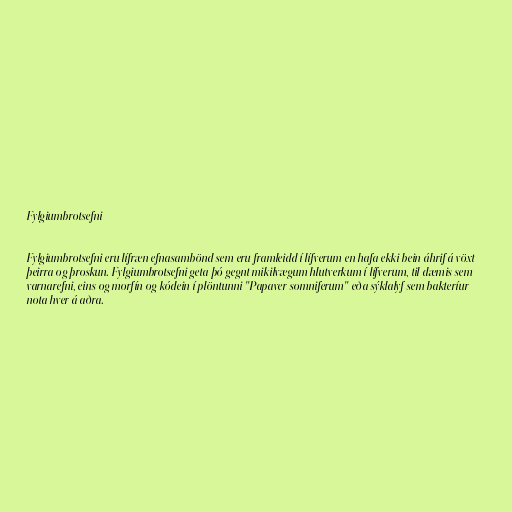
Fylgiumbrotsefni

Fylgiumbrotsefni eru lífræn efnasambönd sem eru framleidd í lífverum en hafa ekki bein áhrif á vöxt
þeirra og þroskun. Fylgiumbrotsefni geta þó gegnt mikilvægum hlutverkum í lífverum, til dæmis sem
varnarefni, eins og morfín og kódein í plöntunni "Papaver somniferum" eða sýklalyf sem bakteríur
nota hver á aðra.